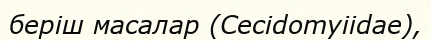
беріш масалар (Cecіdomyііdae),